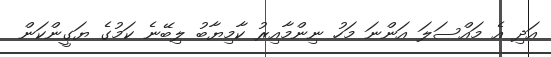
އަދި އެ މައްސަލަ އަންނަ މަހު ނިންމާއިރު ކާމިޔާބު ލިބޭނެ ކަމުގެ ޔަގީންކަން